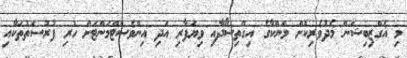
މި އެގްޒިބިޝަން މެދުވެރިކޮށް ލަންކާގެ އިގްތިސޯދާއި ވިޔަފާރި އަދި އިންވެސްޓްމަންޓަށް ހުރި ފުރުސަތުތަކާއި